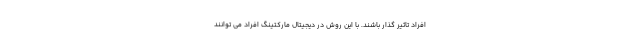
افراد تاثیر گذار باشند. با این روش در دیجیتال مارکتینگ افراد می توانند